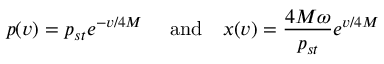
p ( v ) = p _ { s t } e ^ { - v / 4 M } \quad \mathrm { ~ a n d } \quad x ( v ) = { \frac { 4 M \omega } { p _ { s t } } } e ^ { v / 4 M }